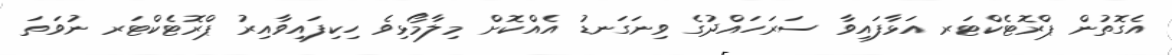
އެގޮތުން ޕްރޮޓެކްޓަރ އަޅާފައިވާ ސަރަހައްދުގެ ވިނަގަނޑު އެއްކޮށް މިލާމޯޅިވެ ހިކިފައިވާއިރު ޕްރޮޓެކްޓަރ ނުވަތަ